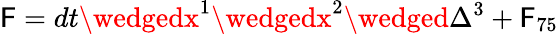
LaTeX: \mathsf{F}=dt\wedgedx^{1}\wedgedx^{2}\wedged\Delta^{3}+\mathsf{F}_{75}